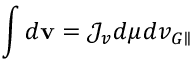
\int d \mathbf { v } = \mathcal { J } _ { v } d \mu d v _ { G \parallel }